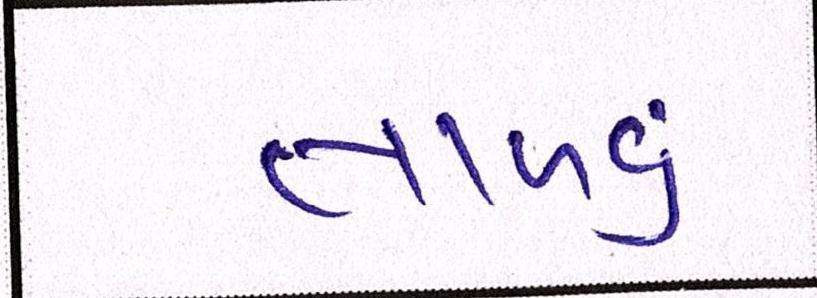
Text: તાળવું